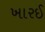
ખારઈ